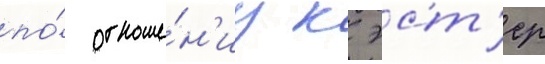
по́ отноше́н'иу к эст'ер